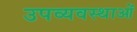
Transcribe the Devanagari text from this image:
उपव्यवस्थाओं